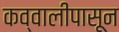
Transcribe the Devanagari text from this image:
कव्वालीपासून